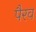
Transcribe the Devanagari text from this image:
पैरव